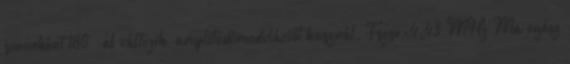
soronként 180°-al változik, amplitudómodulációt használ, Fszsv=4,43 MHz Ma egész